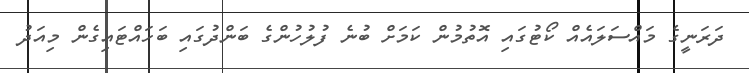
ދަރަނީގެ މައްސަލައެއް ކޯޓުގައި އޮތުމުން ކަމަށް ބުނެ ފުލުހުންގެ ބަންދުގައި ބަހައްޓައިގެން މިއަދު